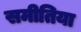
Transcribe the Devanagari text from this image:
समीतिया